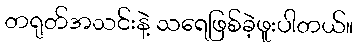
တရုတ်အသင်းနဲ့ သရေဖြစ်ခဲ့ဖူးပါတယ်။